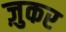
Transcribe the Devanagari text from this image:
ज़ुकर